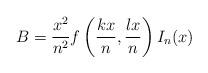
LaTeX: \begin{align*}B=\frac{x^2}{n^2}f\left(\frac{kx}{n},\frac{lx}{n}\right)I_n(x)\end{align*}